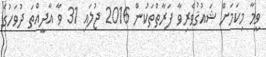
ވީމާ މިކަމަށް ޝައުޤުވެރިވާ ފަރާތްތަކުން 2016 ޖުލައި 31 ވާ އާދީއްތަ ދުވަހުގެ